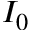
I _ { 0 }